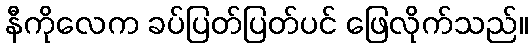
နီကိုလေက ခပ်ပြတ်ပြတ်ပင် ဖြေလိုက်သည်။